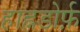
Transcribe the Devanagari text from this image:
हाह्नडोर्फ़